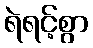
ရဲရင့်စွာ